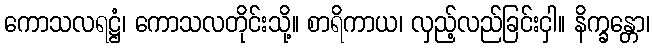
ကောသလရဋ္ဌံ၊ ကောသလတိုင်းသို့။ စာရိကာယ၊ လှည့်လည်ခြင်းငှါ။ နိက္ခန္တော၊